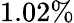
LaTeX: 1.02\%